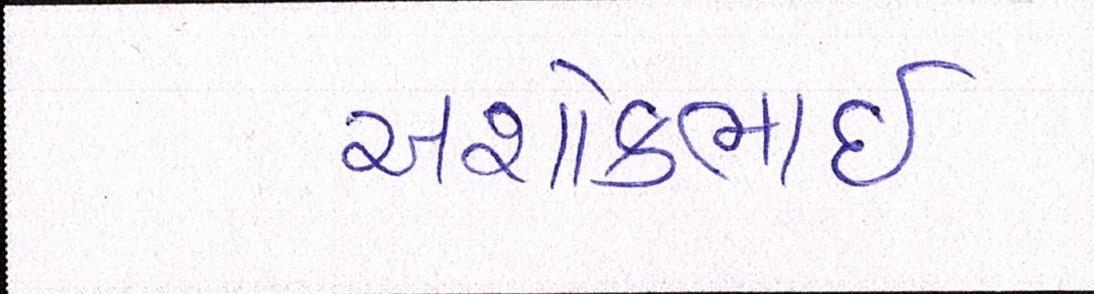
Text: અશોકભાઇ